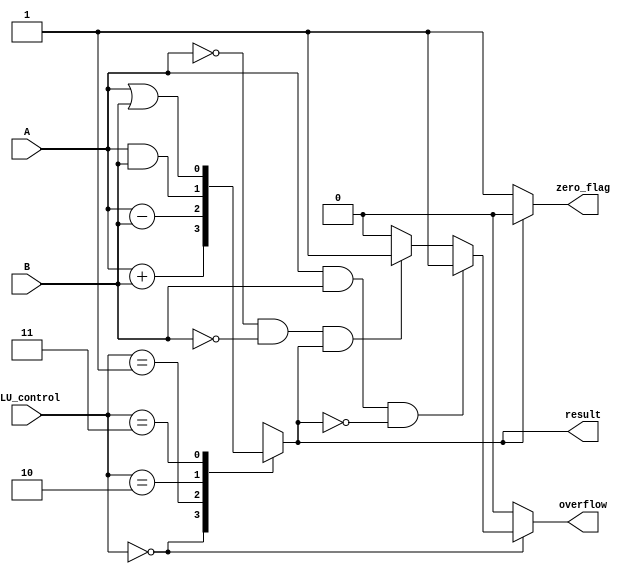
module ALU (
    input wire [0:0] A,
    input wire [0:0] B,
    input wire [1:0] ALU_control,
    output wire [0:0] result,
    output wire overflow,
    output wire zero_flag
);

reg [0:0] result;
reg overflow;
reg zero_flag;

always @(*) begin
    case (ALU_control)
        2'b00: result = A + B; // addition
        2'b01: result = A - B; // subtraction
        2'b10: result = A & B; // AND
        2'b11: result = A | B; // OR
    endcase

    // Overflow detection
    if (ALU_control == 2'b00) begin // addition
        if (A[0] && B[0] && !result[0]) begin
            overflow = 1;
        end else if (!A[0] && !B[0] && result[0]) begin
            overflow = 1;
        end else begin
            overflow = 0;
        end
    end else begin
        overflow = 0;
    end

    // Zero flag generation
    if (result == 1'b0) begin
        zero_flag = 1;
    end else begin
        zero_flag = 0;
    end
end

endmodule